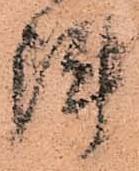
陣